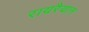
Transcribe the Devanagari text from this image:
रायरैयान